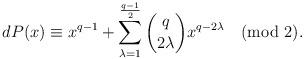
LaTeX: \begin{align*}dP(x)\equiv x^{q-1}+\sum\limits_{\lambda=1}^{\frac{q-1}{2}}\binom {q} {2\lambda}x^{q-2\lambda}\pmod{2}.\end{align*}